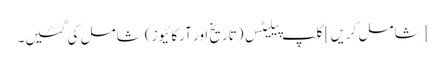
[شامل کریں] کلپ پیلیٹس (تاریخ اور آرکائیوز) شامل کی گئیں۔